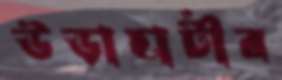
উড়াহাটীর